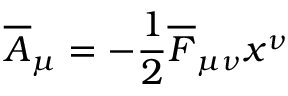
\overline { { { A } } } _ { \mu } = - { \frac { 1 } { 2 } } \overline { { { F } } } _ { \mu \nu } x ^ { \nu }